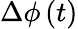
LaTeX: \Delta\phi\left(t\right)